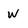
Character: W